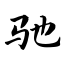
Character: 驰